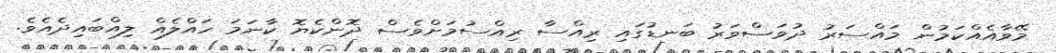
މޭވާއެއްކަމުން މައްސަރު ދުވަސްވަރު ބަނޑުގައި ރިއްސާ ރިއްސުމަށްވެސް ދޮންކެޔޮ ކާނަމަ ހައްލެއް ލިއްބައިދެއެވެ.